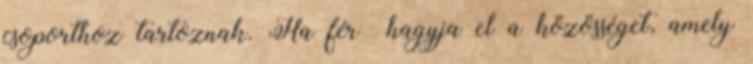
csoporthoz tartoznak. Ha férﬁ hagyja el a közösséget, amely